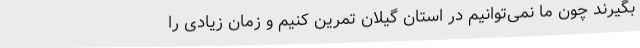
بگیرند چون ما نمی‌توانیم در استان گیلان تمرین کنیم و زمان زیادی را